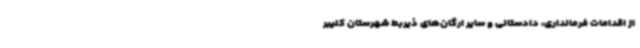
از اقدامات فرمانداری، دادستانی و سایر ارگان‌های ذیربط شهرستان کلیبر